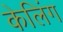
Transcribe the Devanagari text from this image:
केलिंग